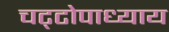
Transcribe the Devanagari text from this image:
चट्‌टोपाध्याय